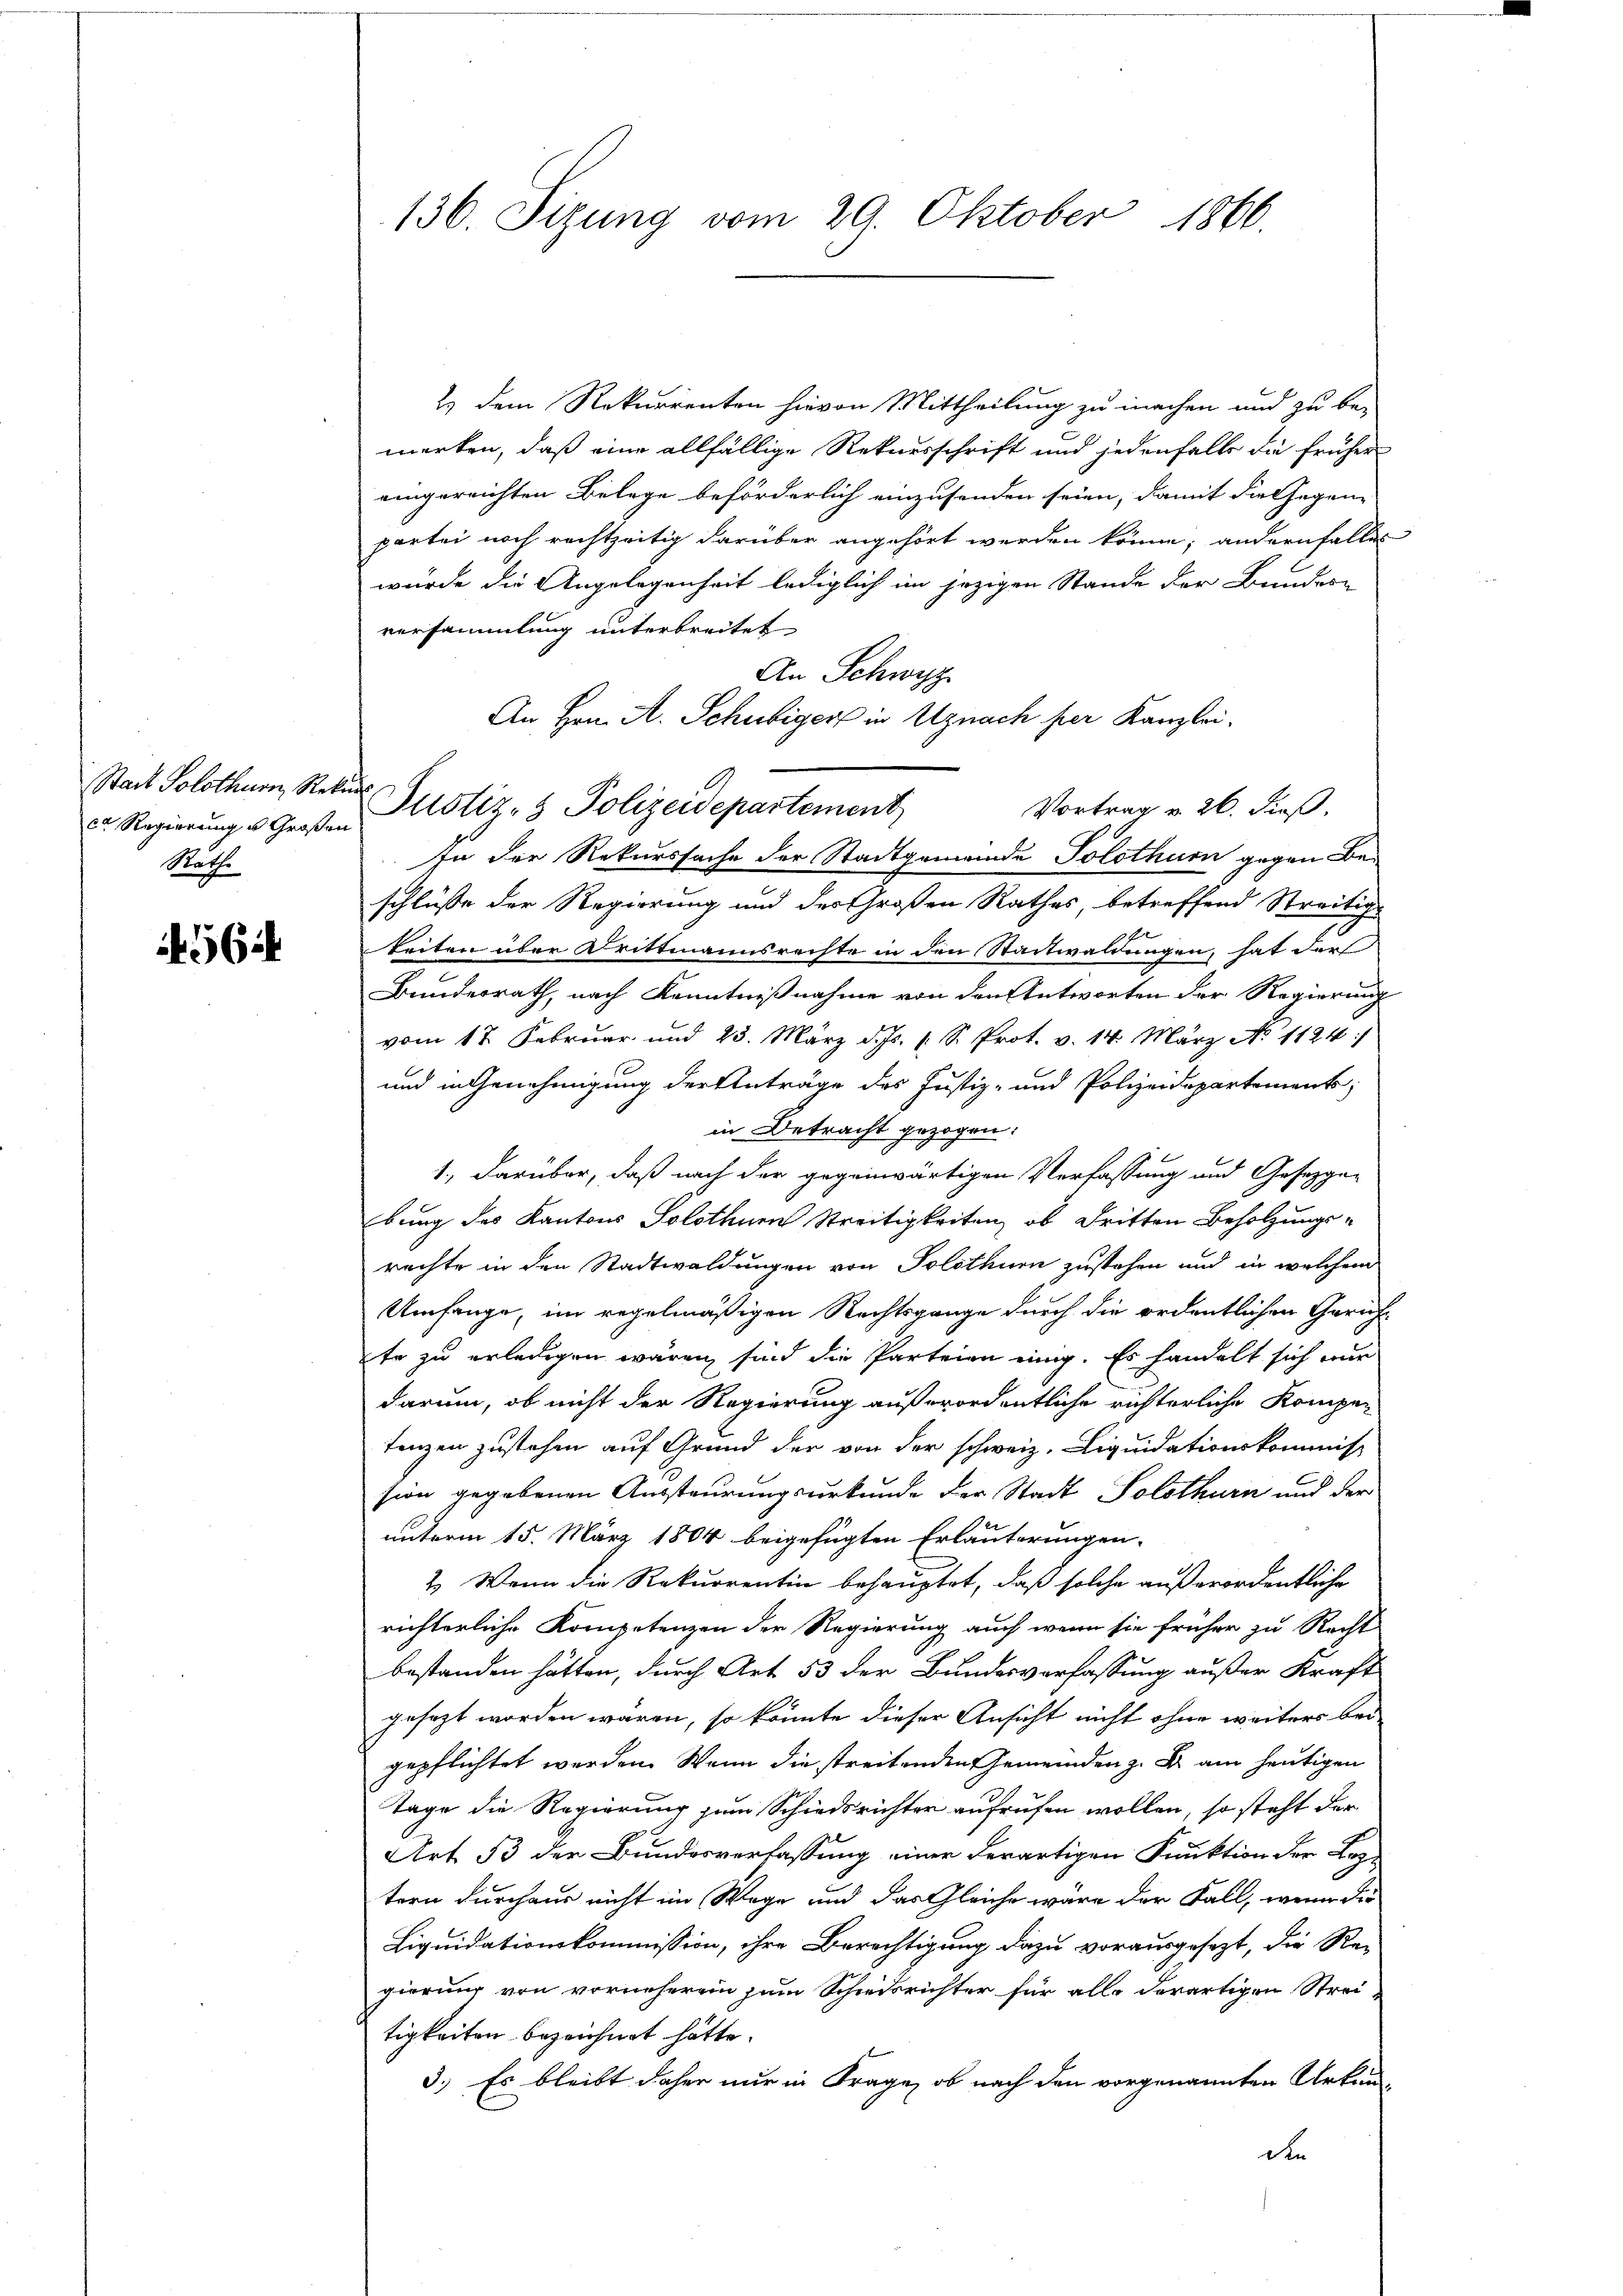
Stadt Solothurn, Rekurs
Raths

562

136. Sizung vom 29. Oktober 1866.

Regierŭng - Großen Justiz- & Polizeidepartement,

2) dem Rekurrenten hievon Mittheilung zu machen und zu be-
merken, daß eine allfällige Rekursschrift und jedenfalls die früher
eingereichten Belege beförderlich einzusenden seien, damit die Gegen-
partei noch rechtzeitig darüber angehört werden könne; andernfalles
wurde die Angelegenheit lediglich im jezigen Stande der Bundern
versammlung unterbreitet
An Schwyz
An Hrn. A. Schubiger in Uznach her Kanzlei.
Vortrag v. 26. Fuß.
In der Rekurssache der Stadtgemeinde Solothurn gegen Beschlüsse der Regierung und des Großen Rathes, betreffend Streitige
keiten über Drittmannsrechte in den Stadtwaldungen, hat der
Bundesrath, nach Kenntnißnahme von den Antworten der Regierung
vom 17. Februar und 23. März d. Js. 1 S. Prot. v. 14. März No. 1124
und in Genehmigung der Anträge des Justiz- und Polizeidepartements,
in Betracht gezogen:
1., darüber, daß nach der gegenwärtigen Verfassung und Gesezgebung des Kantons Solothurn Streitigkeiten, ob Dritten Beholzungs-
rechte in den Stadtwaldungen von Solothurn zustehen und in welchem
Umfange, im regelmäßigen Rechtsgange durch die ordentlichen Gerich
te zu erledigen wären sind die Parteien einig. Es handelt sich mir
darum, ob nicht der Regierung außerordentliche richterliche Komper
tenzen zustehen auf Grund der von der schweiz. Liquidationskommiss
sion gegebenen Aussteurungsurkunde der Stadt Solothurn und der
unterm 15. März 1804 beigefügten Erläuterungen.
2.) Wenn die Rekurrentin behauptet, daß solche außerordentliche
richterliche Kompetenzen der Regierung auch wenn sie früher zu Recht
bestanden hätten, durch Art 53 der Bundesverfassung außer Kraft
gesezt worden wären, so könnte dieser Ansicht nicht ohne weiters bei
gepflichtet werden. Wenn die streitenden Gemeinden z. B. am heutigen
Tage die Regierung zum Schiedsrichter aufrufen wollen, so steht der
Art 53 der Bundesverfassung einer derartigen Funktion der Loptern durchaus nicht im Wege und das Gleiche wäre der Fall, wenn die
Liquidationskommission, ihre Berechtigung dazu vorausgesezt, die Re-
gierung von vorneherei zum Schiedsrichter für alle derartigen Strei-
tigkeiten bezeichnet hätte.
3.) Es bleibt daher nur in Frage, ob nach den vorgenannten Urkunden